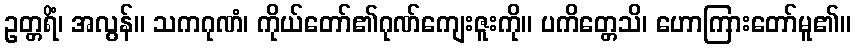
ဥတ္တရိံ၊ အလွန်။ သကဂုဏံ၊ ကိုယ်တော်၏ဂုဏ်ကျေးဇူးကို။ ပကိတ္တေသိ၊ ဟောကြားတော်မူ၏။